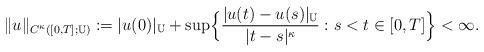
LaTeX: \begin{align*}\Vert u \Vert_{C^\kappa([0,T];\mathbb{U})}:=\vert u(0)\vert_\mathbb{U}+ \sup \Bigl\{ \frac{\vert u(t)-u(s)\vert_\mathbb{U}}{\vert t -s \vert^\kappa}: s<t \in [0,T]\Bigr\}<\infty.\end{align*}